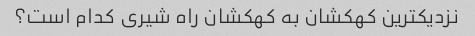
نزدیکترین کهکشان به کهکشان راه شیری کدام است؟